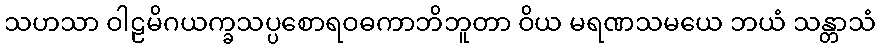
သဟသာ ဝါဠမိဂယက္ခသပ္ပစောရဝဓကာဘိဘူတာ ဝိယ မရဏသမယေ ဘယံ သန္တာသံ